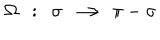
LaTeX: \Omega ~ ~ : ~ ~ \sigma ~ \longrightarrow ~ \pi - \sigma